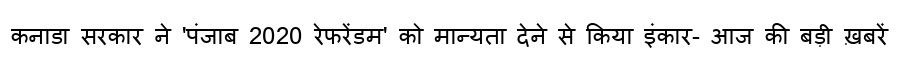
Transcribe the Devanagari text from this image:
कनाडा सरकार ने 'पंजाब 2020 रेफरेंडम' को मान्यता देने से किया इंकार- आज की बड़ी ख़बरें